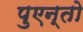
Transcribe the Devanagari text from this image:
पुएन्तो